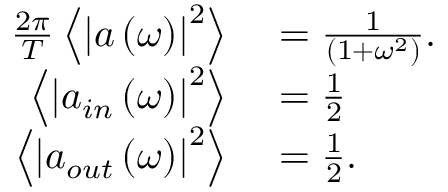
\begin{array} { r l } { \frac { 2 \pi } { T } \left\langle \left| a \left( \omega \right) \right| ^ { 2 } \right\rangle } & { { } = \frac { 1 } { \left( 1 + \omega ^ { 2 } \right) } . } \\ { \left\langle \left| a _ { i n } \left( \omega \right) \right| ^ { 2 } \right\rangle } & { { } = \frac { 1 } { 2 } } \\ { \left\langle \left| a _ { o u t } \left( \omega \right) \right| ^ { 2 } \right\rangle } & { { } = \frac { 1 } { 2 } . } \end{array}